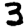
Digit: 3